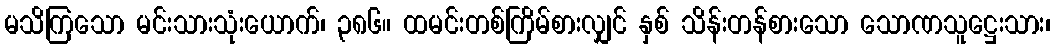
မသိကြသော မင်းသားသုံးယောက်၊ ၃၈၆။ ထမင်းတစ်ကြိမ်စားလျှင် နှစ် သိန်းတန်စားသော သောဏသူဋ္ဌေးသား၊